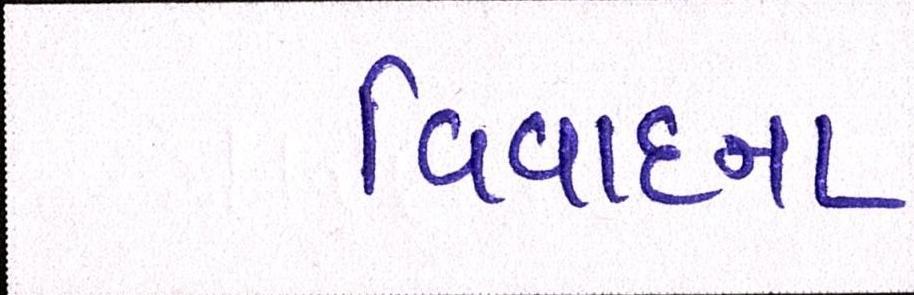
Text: વિવાદના